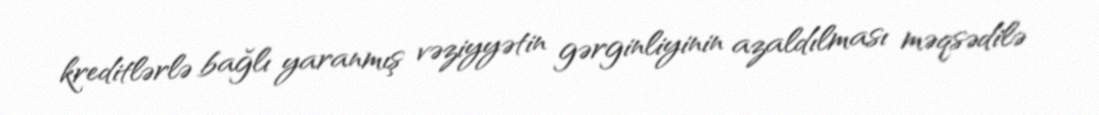
kreditlərlə bağlı yaranmış vəziyyətin gərginliyinin azaldılması məqsədilə